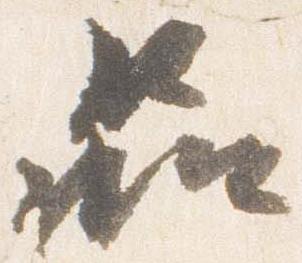
品